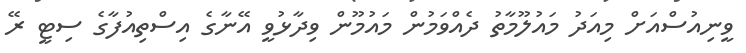
ވީނިއުސްއަށް މިއަދު މައުލޫމާތު ދެއްވަމުން މައުމޫން ވިދާޅުވީ އޭނާގެ އިސްތިއުފާގެ ސިޓީ ރޭ